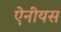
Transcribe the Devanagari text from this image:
ऐनीयस